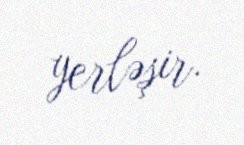
yerləşir.